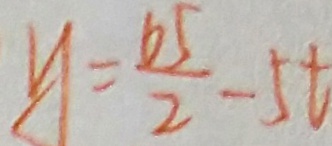
y = \frac { 6 5 } { 2 } - 5 t